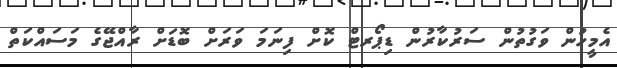
އެމީހުން ވަގުތުން ސަރުކާރުން ޑިޕޯރޓް ކޮށް ފިނަމަ ވަރަށް ބޮޑަށް ރާއްޖޭގެ މަސައްކަތް